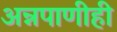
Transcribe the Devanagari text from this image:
अन्नपाणीही